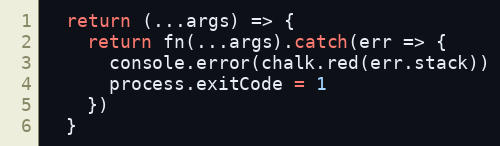
Language: JavaScript
  return (...args) => {
    return fn(...args).catch(err => {
      console.error(chalk.red(err.stack))
      process.exitCode = 1
    })
  }